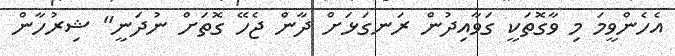
އެހެންވީމަ މި ވާގޮތަކީ ގަވާއިދުން ރަނގަޅަށް ދާން ޖެހޭ ގޮތަށް ނުދަނީ" ޝިރުހާން